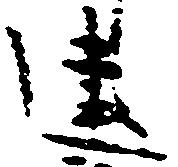
建